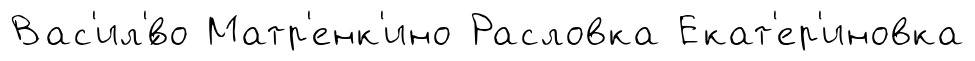
Вас'ил'́во Матр'енк'ино Расловка Екат'ер'иновка